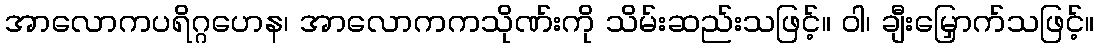
အာလောကပရိဂ္ဂဟေန၊ အာလောကကသိုဏ်းကို သိမ်းဆည်းသဖြင့်။ ဝါ၊ ချီးမြှောက်သဖြင့်။